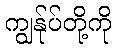
ကျွန်ုပ်တို့ကို